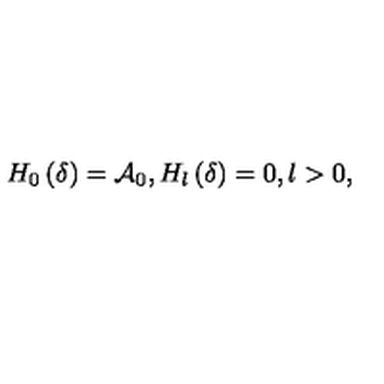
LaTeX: H _ { 0 } \left( \delta \right) = \mathcal { A } _ { 0 } , H _ { l } \left( \delta \right) = 0 , l > 0 ,